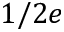
1 / 2 e